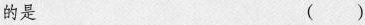
的是 ( )